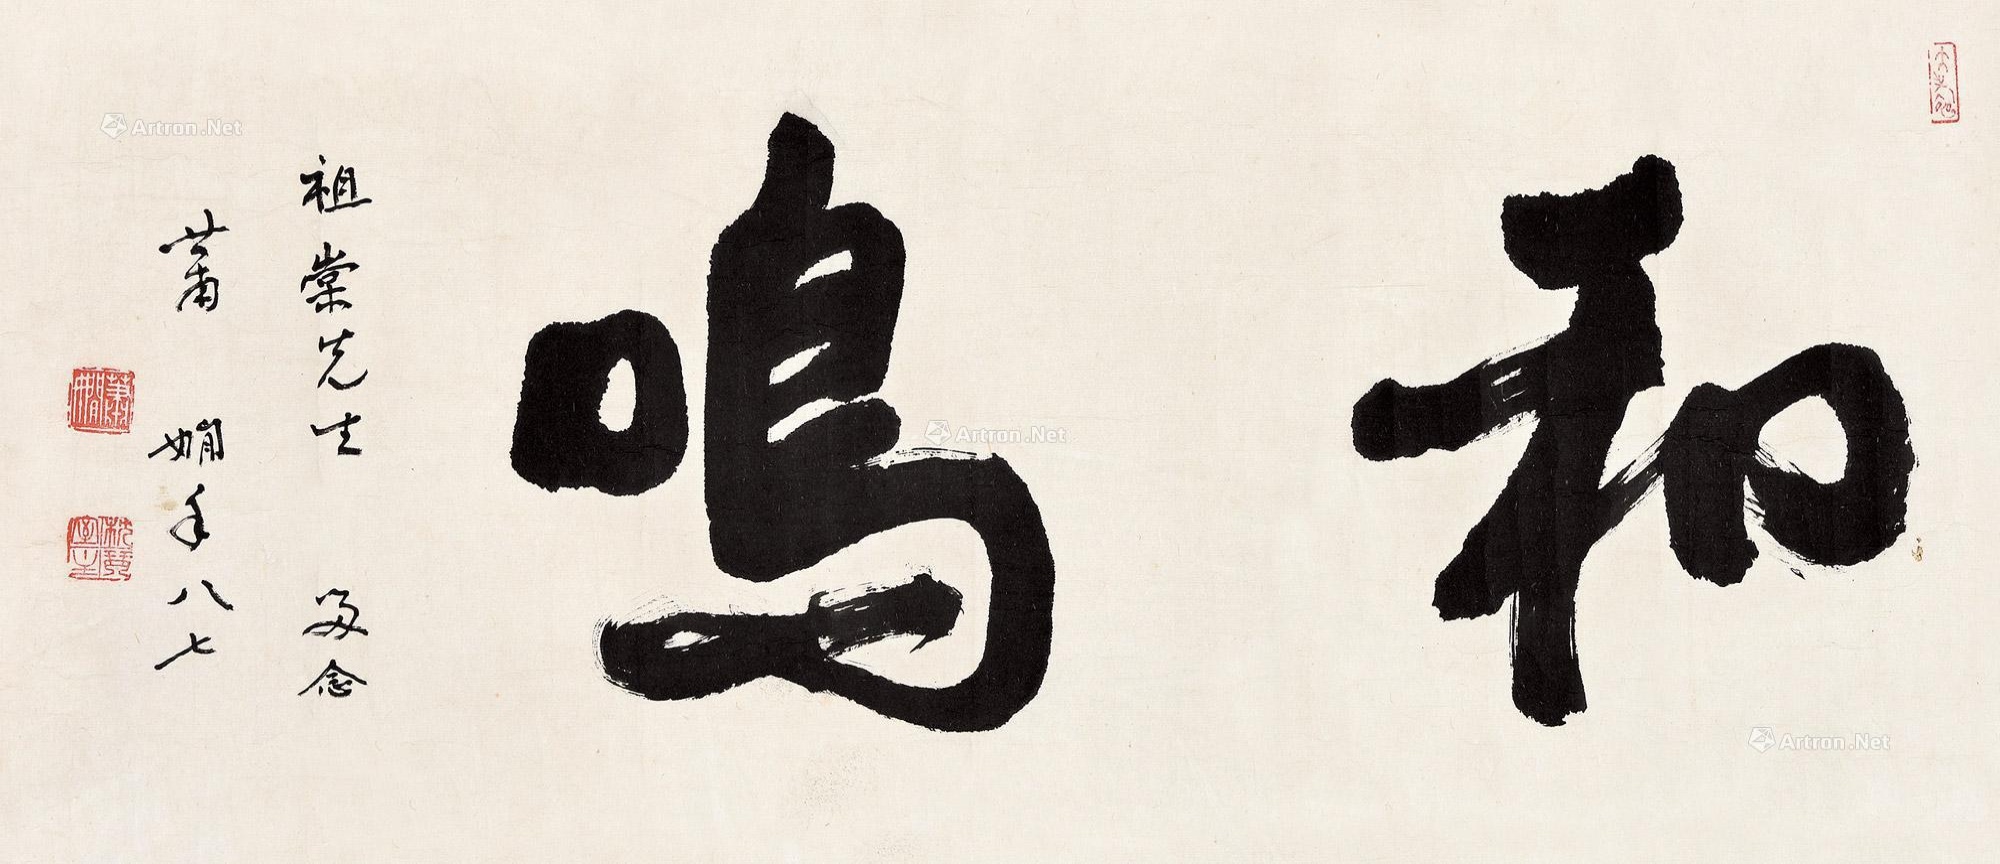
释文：和鸣祖棠先生留念，萧娴年八七。